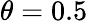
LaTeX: \theta=0.5